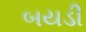
બયડી